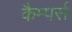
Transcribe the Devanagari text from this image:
कैम्पर्स